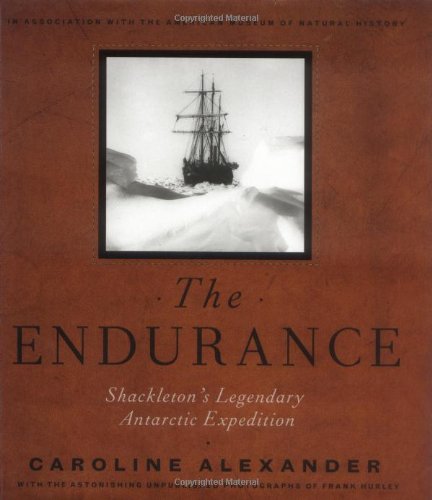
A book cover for The Endurance: Shackleton's Legendary Antarctic Expedition; Caroline Alexander; Arts & Photography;